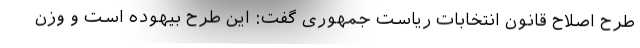
طرح اصلاح قانون انتخابات ریاست جمهوری گفت: این طرح بیهوده است و وزن